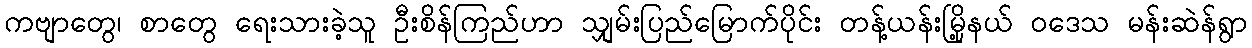
ကဗျာတွေ၊ စာတွေ ရေးသားခဲ့သူ ဦးစိန်ကြည်ဟာ သျှမ်းပြည်မြောက်ပိုင်း တန့်ယန်းမြို့နယ် ဝဒေသ မန်းဆဲန်ရွာ